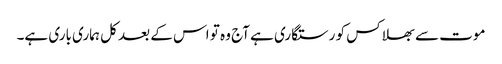
موت سے بھلا کس کو رستگاری ہے آج وہ تو اس کے بعد کل ہماری باری ہے۔